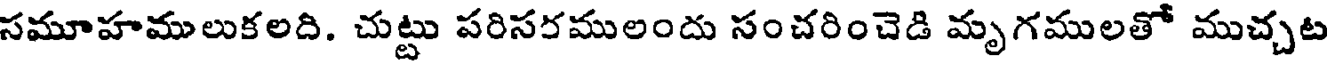
సమూహములుకలది. చుట్టు పరిసరములందు సంచరించెడి మృగములతో ముచ్చట